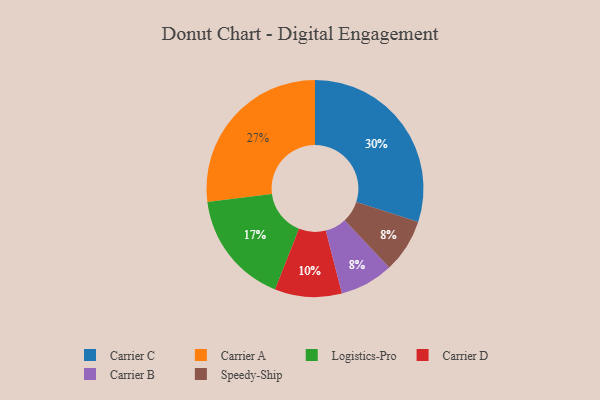
{"axis": {"x": "Category", "y": "Percentage"}, "legend": ["Carrier A", "Carrier B", "Carrier C", "Carrier D", "Logistics-Pro", "Speedy-Ship"], "data": [{"x": "Logistics-Pro", "y": 17, "type": "Logistics-Pro"}, {"x": "Carrier D", "y": 10, "type": "Carrier D"}, {"x": "Carrier B", "y": 8, "type": "Carrier B"}, {"x": "Carrier A", "y": 27, "type": "Carrier A"}, {"x": "Speedy-Ship", "y": 8, "type": "Speedy-Ship"}, {"x": "Carrier C", "y": 30, "type": "Carrier C"}]}